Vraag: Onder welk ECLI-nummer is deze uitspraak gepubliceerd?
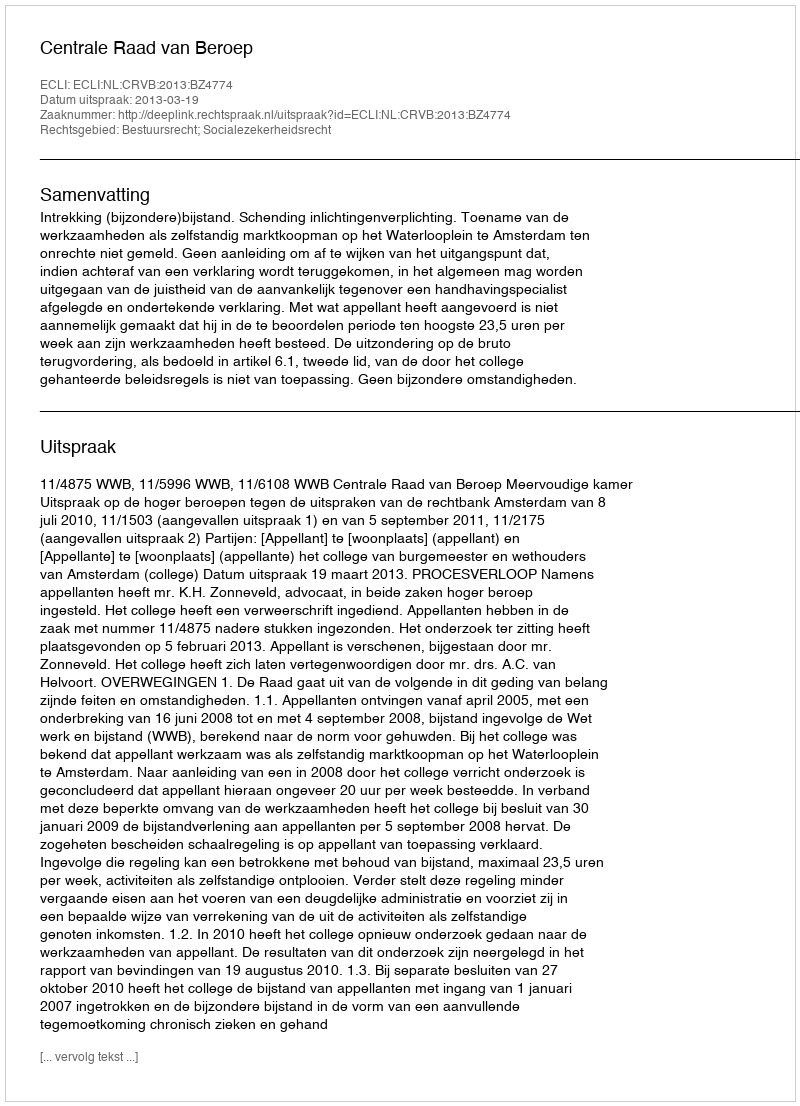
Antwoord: ECLI:NL:CRVB:2013:BZ4774